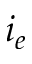
i _ { e }